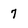
Character: 7